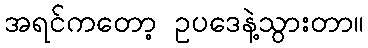
အရင်ကတော့ ဥပဒေနဲ့သွားတာ။